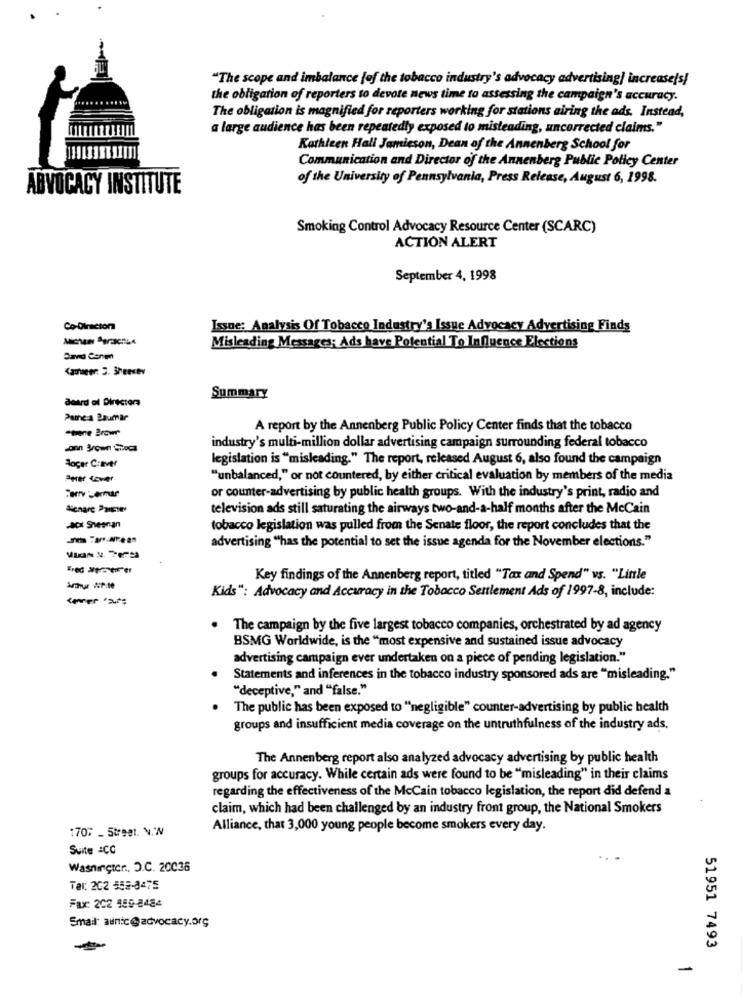
"The scope and imbalance [of the tobacco industry's advocacy advertising) increasels!
the obligation of reporters to devote news time to assessing the campaign's accuracy.
The obligation is magnified for reporters working for stations airing the ads. Instead,
a large audience has been repeatedly exposed to misleading, uncorrected claims."
Kathleen Hall Jamieson, Dean of the Annenberg School for
Communication and Director of the Annenberg Public Policy Center
of the University of Pennsylvania, Press Release, August 6, 1998.
ADVOCACY INSTITUTE
Smoking Control Advocacy Resource Center (SCARC)
ACTION ALERT
September 4, 1998
Co-Director
Issue: Analysis Of Tobacco Industry's Issue Advocacy Advertising Finds
Misleading Messages; Ads have Potential To Influence Elections
Band Conm
Career: 3. 3heesev
doard of Directors
Summary
Pame:a Baumar
A report by the Annenberg Public Policy Center finds that the tobacco
industry's multi-million dollar advertising campaign surrounding federal tobacco
legislation is "misleading." The report, released August 6, also found the campaign
Bloger C:IM
"unbalanced," or not countered, by either critical evaluation by members of the media
or counter-advertising by public health groups. With the industry's print, radio and
television ads still saturating the airways two-and-a-half months after the MeCain
-acx Sheeran
tobacco legislation was pulled from the Senate floor, the report concludes that the
advertising ""has the potential to set the issue agenda for the November elections."
Key findings of the Annenberg report, titled "Tax and Spend" vs. "Little
Kids": Advocacy and Accuracy in the Tobacco Settlement Ads of 1997-8, include:
comer " sur"
. The campaign by the five largest tobacco companies, orchestrated by ad agency
BSMG Worldwide, is the "most expensive and sustained issue advocacy
advertising campaign ever undertaken on a piece of pending legislation."
Statements and inferences in the tobacco industry sponsored ads are "misleading."
"deceptive," and "false."
The public has been exposed to "negligible" counter-advertising by public health
groups and insufficient media coverage on the untruthfulness of the industry ads.
The Annenberg report also analyzed advocacy advertising by public health
groups for accuracy. While certain ads were found to be "misleading" in their claims
regarding the effectiveness of the McCain tobacco legislation, the report did defend a
claim, which had been challenged by an industry front group, the National Smokers
170% Street. N.'W
Alliance, that 3,000 young people become smokers every day.
Suite &CC
Washington, D.C. 20036
Tal: 202 558-8475
Fax: 202 155-2484
Email: aunic@advocacy.org
51951 7493
-